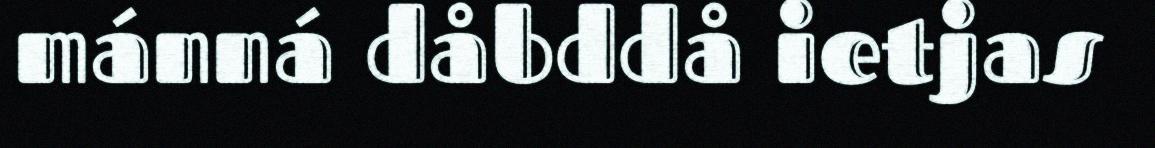
mánná dåbddå ietjas